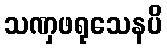
သဏှဖရုသေနပိ